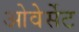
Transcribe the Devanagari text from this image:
ओवेर्सेट